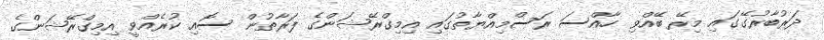
ދަރުބާރުގޭގައި މިރޭ ބޭއްވި ހާއްސަ ރަސްމިއްޔާތުގައި އިމިގްރޭޝަންގެ ފަރާތުން ސޮއި ކުރެއްވީ އިމިގްރޭޝަންގެ